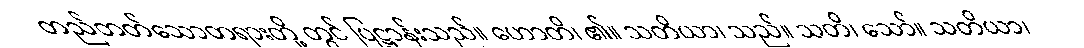
တည်တတ်သောတရားတို့ တွင် ပြဋ္ဌာန်းသည်။ ဟောတိ၊ ၏။ သတိယာ၊ သည်။ သတိ၊ သော်။ သတိယာ၊